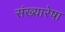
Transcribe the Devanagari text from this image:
संख्यारेषा